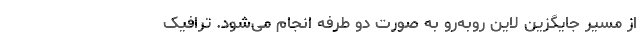
از مسیر جایگزین لاین روبه‌رو به صورت دو طرفه انجام می‌شود. ترافیک